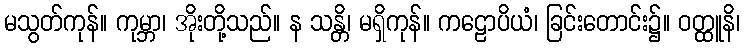
မသွတ်ကုန်။ ကုမ္ဘာ၊ အိုးတို့သည်။ န သန္တိ၊ မရှိကုန်။ ကဠောပိယံ၊ ခြင်းတောင်း၌။ ဝတ္ထူနိ၊